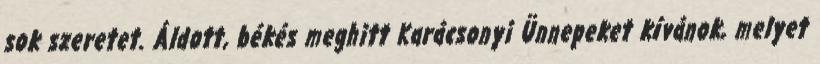
sok szeretet. Áldott, békés meghitt Karácsonyi Ünnepeket kívánok, melyet